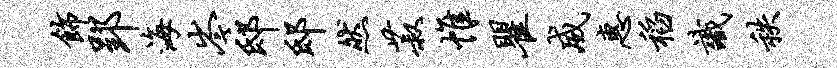
饰郢海岑邸邸然菽帷瞿威惠稻识秩